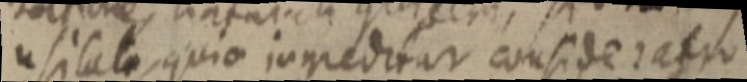
usiltate, quia inmed_at consideratio